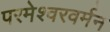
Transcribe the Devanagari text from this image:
परमेश्वरवर्मन